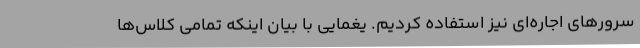
سرورهای اجاره‌ای نیز استفاده کردیم. یغمایی با بیان اینکه تمامی کلاس‌ها